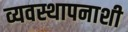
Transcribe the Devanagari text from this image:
व्यवस्थापनाशी